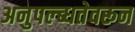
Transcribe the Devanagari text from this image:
अनुपल्ब्धतेवरून